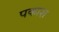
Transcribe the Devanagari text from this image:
पकाश